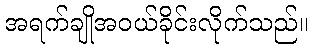
အရက်ချိုအဝယ်ခိုင်းလိုက်သည်။